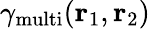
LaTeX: {{\gamma}_{\mathrm{multi}}}({{\mathbf{r}}_{1}},{{\mathbf{r}}_{2}})